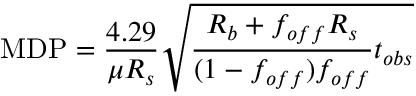
\mathrm { M D P } = \frac { 4 . 2 9 } { \mu R _ { s } } \sqrt { \frac { R _ { b } + f _ { o f f } R _ { s } } { ( 1 - f _ { o f f } ) f _ { o f f } } t _ { o b s } }